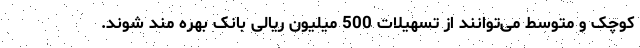
کوچک و متوسط می‌توانند از تسهیلات 500 میلیون ریالی بانک بهره مند شوند.